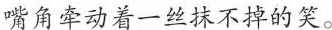
嘴角牵动着一丝抹不掉的笑。